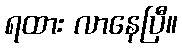
ရထား လာနေပြီ။